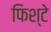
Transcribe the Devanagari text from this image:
फिश्टे